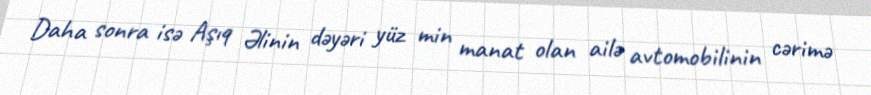
Daha sonra isə Aşıq Əlinin dəyəri yüz min manat olan ailə avtomobilinin cərimə